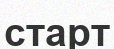
старт